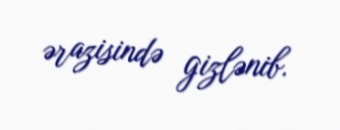
ərazisində gizlənib.